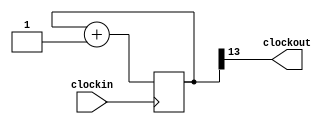
//--------------------------------------------------------------------
//- Module: clk_divider
//-
//- Description: parameterized clock divder
//- 
//- USAGE:  (example overrides width default)
//- 
//-      rca_nb #(16) MY_RCA (
//-          .clockin (my_clk_in), 
//-          .clockout (my_clk_out)
//-          );  
//--------------------------------------------------------------------
module clk_divider(clockin, clockout); 
    input clockin; 
    output wire clockout; 

    parameter n = 13; 
    reg [n:0] count; 

    always@(posedge clockin) 
    begin 
        count <= count + 1; 
    end 

    assign clockout = count[n]; 
endmodule